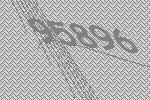
95896